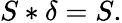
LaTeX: S*\delta=S.